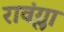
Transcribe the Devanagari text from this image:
रावंग्ला